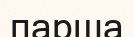
парша